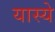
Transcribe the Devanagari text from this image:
यास्ये